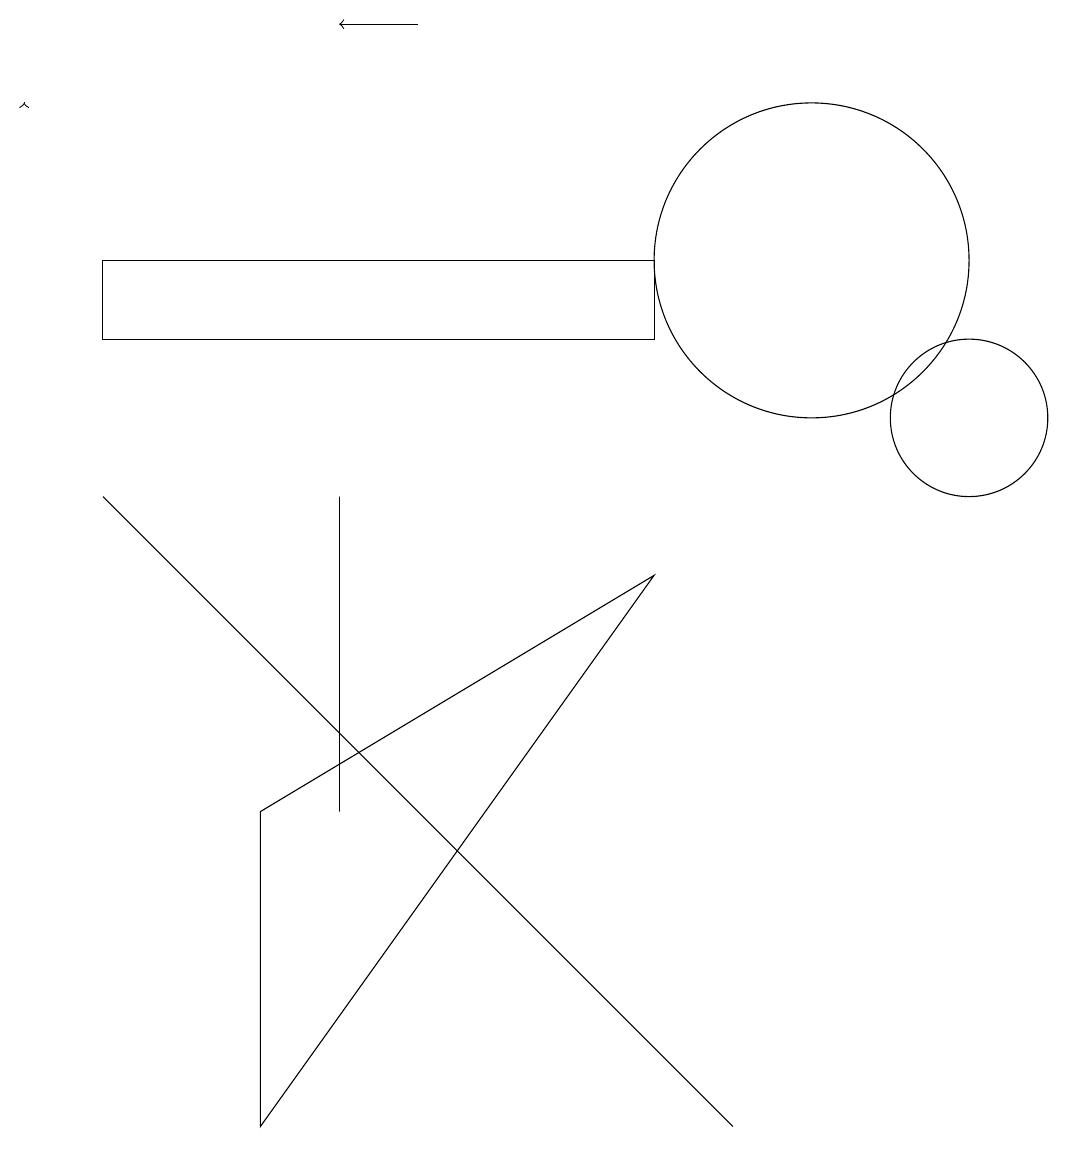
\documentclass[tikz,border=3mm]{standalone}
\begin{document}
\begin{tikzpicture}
\draw (8,12) rectangle (1,11);
\draw[->] (5,15) -- (4,15);
\draw[->] (0,14) -- (0,14);
\draw (4,9) -- (4,5) -- (4,7) -- cycle;
\draw (12,10) circle (1);
\draw (3,1) -- (3,5) -- (8,8) -- cycle;
\draw (9,1) -- (1,9) -- (5,5) -- cycle;
\draw (10,12) circle (2);
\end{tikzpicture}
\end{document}